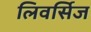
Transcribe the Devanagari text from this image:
लिवर्सिज